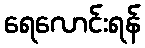
ရေလောင်းရန်